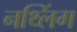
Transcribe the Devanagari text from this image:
नथ्लिंग